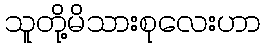
သူတို့မိသားစုလေးဟာ